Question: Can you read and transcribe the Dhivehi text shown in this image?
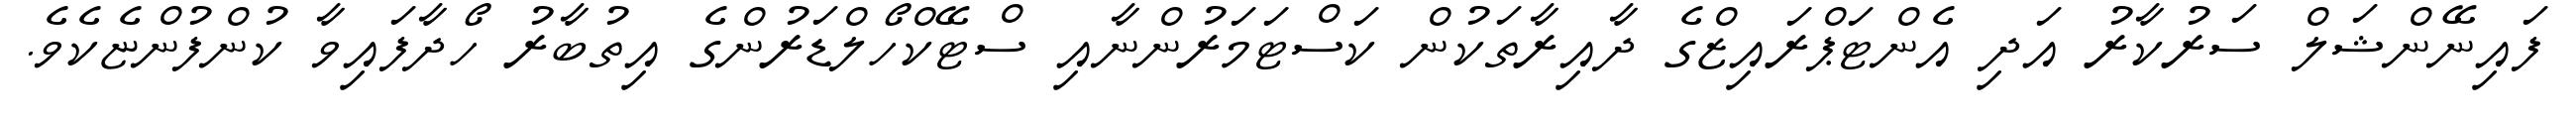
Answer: ފައިނޭންޝަލް ސަރުކާރު އަދި އެންޓަޕްރައިޒްގެ ދާއިރާތަކުން ކަސްޓަމަރުންނާއި ސްޓޭކްހޯލްޑަރުންގެ އިތުބާރު ހޯދާފައިވާ ކުންފުންޏެކެވެ.